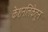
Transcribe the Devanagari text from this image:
केशनलिकेतून